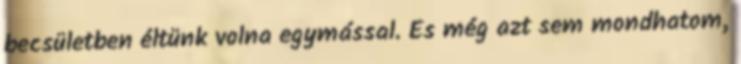
becsületben éltünk volna egymással. És még azt sem mondhatom,